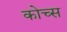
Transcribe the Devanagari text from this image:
कोच्स